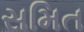
સમિત